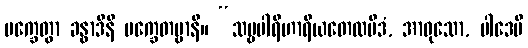
မက္ခေတွာ ခန္ဓာဒီနိ မက္ခေတဗ္ဗာနိ။ “သဗ္ဗပါရိဟာရိယတေလမိဒံ, အာဝုသော, ပါဒေပိ